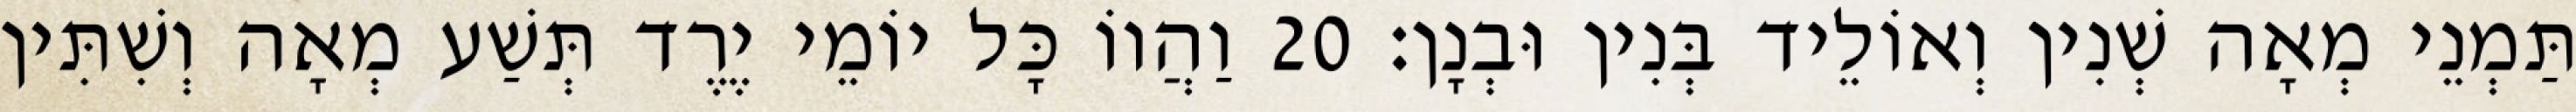
תַּמְנֵי מְאָה שְׁנִין וְאוֹלֵיד בְּנִין וּבְנָן׃ 20 וַהֲווֹ כָּל יוֹמֵי יֶרֶד תְּשַׁע מְאָה וְשִׁתִּין